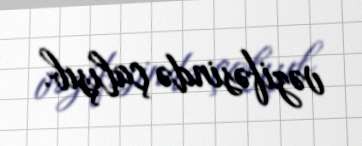
vəzifəsində çalışıb.